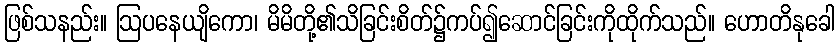
ဖြစ်သနည်း။ ဩပနေယျိကော၊ မိမိတို့၏သိခြင်းစိတ်၌ကပ်၍ဆောင်ခြင်းကိုထိုက်သည်။ ဟောတိနုခေါ